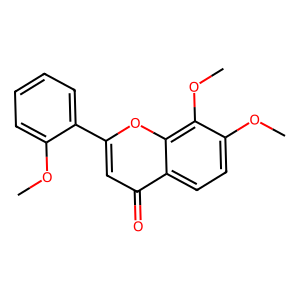
SMILES: COc1ccccc1-c1cc(=O)c2ccc(OC)c(OC)c2o1
Inhibits HIV replication: No